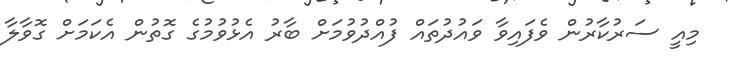
މިއީ ސަރުކާރުން ވެފައިވާ ވައުދުތައް ފުއްދުވުމަށް ބާރު އެޅުވުމުގެ ގޮތުން އެކަމަށް ގޮވާލާ